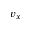
v _ { x }